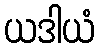
ယဒါယံ